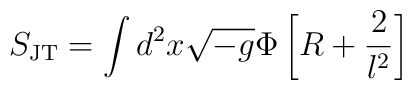
S_{\rm JT}=\int d^2 x \sqrt{-g}\Phi \left[R +\frac{2}{l^2} \right]